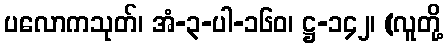
ပလောကသုတ်၊ အံ-၃-ပါ-၁၆၀၊ ဋ္ဌ-၁၄၂၊ (လူတို့